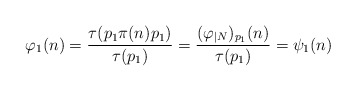
\begin{align*} \varphi_1(n)=\frac{\tau(p_1\pi(n)p_1)}{\tau(p_1)} =\frac{(\varphi_{|N})_{p_1}(n)}{\tau(p_1)} =\psi_1(n)\end{align*}